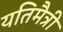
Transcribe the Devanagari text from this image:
यतिमैत्री